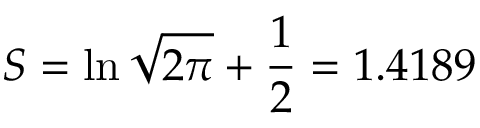
S = \ln { \sqrt { 2 \pi } } + \frac { 1 } { 2 } = 1 . 4 1 8 9